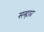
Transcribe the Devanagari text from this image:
सम्हाव